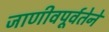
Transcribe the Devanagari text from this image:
जाणीवपूर्वतेने